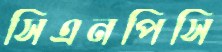
সিএনপিসি